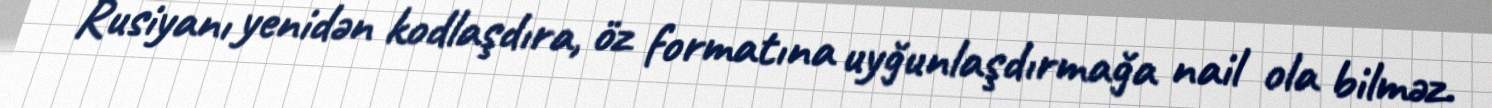
Rusiyanı yenidən kodlaşdıra, öz formatına uyğunlaşdırmağa nail ola bilməz.